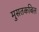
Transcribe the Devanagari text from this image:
मुसतकबिल